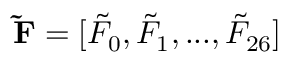
{ \bf { \tilde { F } } } = [ { \tilde { F } _ { 0 } } , { \tilde { F } _ { 1 } } , . . . , { \tilde { F } _ { 2 6 } } ]